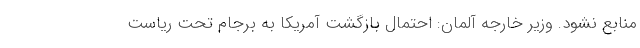
منابع نشود. وزیر خارجه آلمان: احتمال بازگشت آمریکا به برجام تحت ریاست